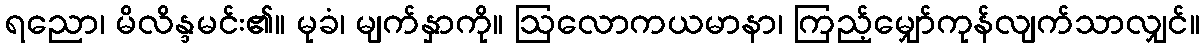
ရညော၊ မိလိန္ဒမင်း၏။ မုခံ၊ မျက်နှာကို။ ဩလောကယမာနာ၊ ကြည့်မျှော်ကုန်လျက်သာလျှင်။